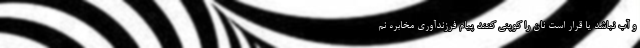
و آب نباشد یا قرار است نان را کوپنی کنند پیام فرزندآوری مخابره نم